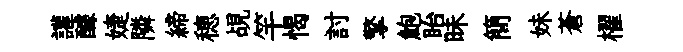
讙醵婕隣締穂覘竿愒討擎鮑眙昧簡妹蒼櫂